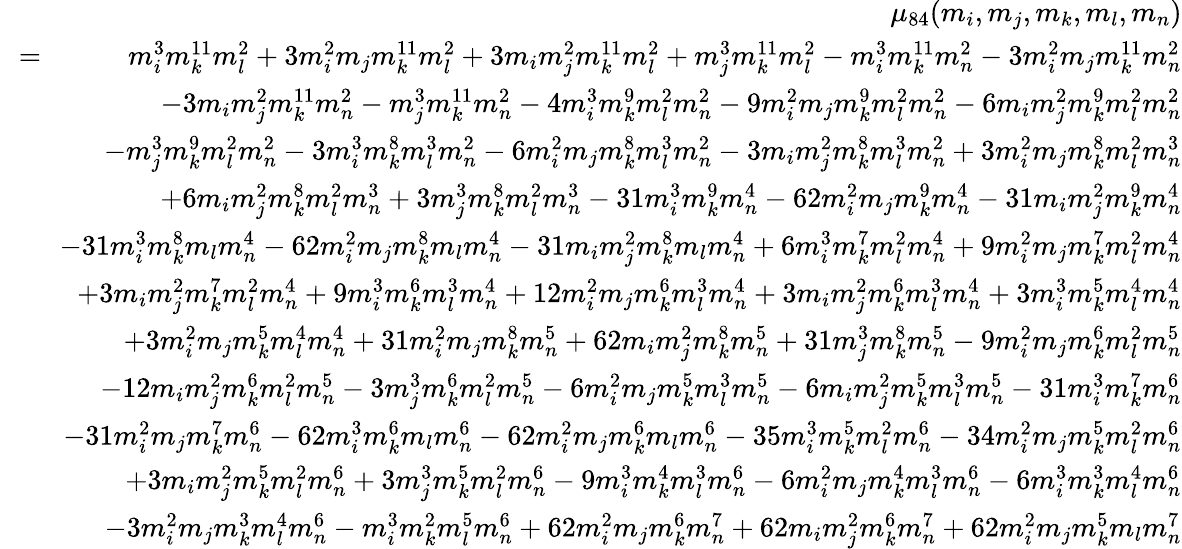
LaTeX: \begin{array}{rlr}&{}&{\mu_{84}(m_{i},m_{j},m_{k},m_{l},m_{n})}\\ &{\! \! =\! \! }&{m_{i}^{3}m_{k}^{11}m_{l}^{2}+3m_{i}^{2}m_{j}m_{k}^{11}m_{l}^{2}+3m_{i}m_{j}^{2}m_{k}^{11}m_{l}^{2}+m_{j}^{3}m_{k}^{11}m_{l}^{2}-m_{i}^{3}m_{k}^{11}m_{n}^{2}-3m_{i}^{2}m_{j}m_{k}^{11}m_{n}^{2}}\\ &{}&{-3m_{i}m_{j}^{2}m_{k}^{11}m_{n}^{2}-m_{j}^{3}m_{k}^{11}m_{n}^{2}-4m_{i}^{3}m_{k}^{9}m_{l}^{2}m_{n}^{2}-9m_{i}^{2}m_{j}m_{k}^{9}m_{l}^{2}m_{n}^{2}-6m_{i}m_{j}^{2}m_{k}^{9}m_{l}^{2}m_{n}^{2}}\\ &{}&{-m_{j}^{3}m_{k}^{9}m_{l}^{2}m_{n}^{2}-3m_{i}^{3}m_{k}^{8}m_{l}^{3}m_{n}^{2}-6m_{i}^{2}m_{j}m_{k}^{8}m_{l}^{3}m_{n}^{2}-3m_{i}m_{j}^{2}m_{k}^{8}m_{l}^{3}m_{n}^{2}+3m_{i}^{2}m_{j}m_{k}^{8}m_{l}^{2}m_{n}^{3}}\\ &{}&{+6m_{i}m_{j}^{2}m_{k}^{8}m_{l}^{2}m_{n}^{3}+3m_{j}^{3}m_{k}^{8}m_{l}^{2}m_{n}^{3}-31m_{i}^{3}m_{k}^{9}m_{n}^{4}-62m_{i}^{2}m_{j}m_{k}^{9}m_{n}^{4}-31m_{i}m_{j}^{2}m_{k}^{9}m_{n}^{4}}\\ &{}&{-31m_{i}^{3}m_{k}^{8}m_{l}m_{n}^{4}-62m_{i}^{2}m_{j}m_{k}^{8}m_{l}m_{n}^{4}-31m_{i}m_{j}^{2}m_{k}^{8}m_{l}m_{n}^{4}+6m_{i}^{3}m_{k}^{7}m_{l}^{2}m_{n}^{4}+9m_{i}^{2}m_{j}m_{k}^{7}m_{l}^{2}m_{n}^{4}}\\ &{}&{+3m_{i}m_{j}^{2}m_{k}^{7}m_{l}^{2}m_{n}^{4}+9m_{i}^{3}m_{k}^{6}m_{l}^{3}m_{n}^{4}+12m_{i}^{2}m_{j}m_{k}^{6}m_{l}^{3}m_{n}^{4}+3m_{i}m_{j}^{2}m_{k}^{6}m_{l}^{3}m_{n}^{4}+3m_{i}^{3}m_{k}^{5}m_{l}^{4}m_{n}^{4}}\\ &{}&{+3m_{i}^{2}m_{j}m_{k}^{5}m_{l}^{4}m_{n}^{4}+31m_{i}^{2}m_{j}m_{k}^{8}m_{n}^{5}+62m_{i}m_{j}^{2}m_{k}^{8}m_{n}^{5}+31m_{j}^{3}m_{k}^{8}m_{n}^{5}-9m_{i}^{2}m_{j}m_{k}^{6}m_{l}^{2}m_{n}^{5}}\\ &{}&{-12m_{i}m_{j}^{2}m_{k}^{6}m_{l}^{2}m_{n}^{5}-3m_{j}^{3}m_{k}^{6}m_{l}^{2}m_{n}^{5}-6m_{i}^{2}m_{j}m_{k}^{5}m_{l}^{3}m_{n}^{5}-6m_{i}m_{j}^{2}m_{k}^{5}m_{l}^{3}m_{n}^{5}-31m_{i}^{3}m_{k}^{7}m_{n}^{6}}\\ &{}&{-31m_{i}^{2}m_{j}m_{k}^{7}m_{n}^{6}-62m_{i}^{3}m_{k}^{6}m_{l}m_{n}^{6}-62m_{i}^{2}m_{j}m_{k}^{6}m_{l}m_{n}^{6}-35m_{i}^{3}m_{k}^{5}m_{l}^{2}m_{n}^{6}-34m_{i}^{2}m_{j}m_{k}^{5}m_{l}^{2}m_{n}^{6}}\\ &{}&{+3m_{i}m_{j}^{2}m_{k}^{5}m_{l}^{2}m_{n}^{6}+3m_{j}^{3}m_{k}^{5}m_{l}^{2}m_{n}^{6}-9m_{i}^{3}m_{k}^{4}m_{l}^{3}m_{n}^{6}-6m_{i}^{2}m_{j}m_{k}^{4}m_{l}^{3}m_{n}^{6}-6m_{i}^{3}m_{k}^{3}m_{l}^{4}m_{n}^{6}}\\ &{}&{-3m_{i}^{2}m_{j}m_{k}^{3}m_{l}^{4}m_{n}^{6}-m_{i}^{3}m_{k}^{2}m_{l}^{5}m_{n}^{6}+62m_{i}^{2}m_{j}m_{k}^{6}m_{n}^{7}+62m_{i}m_{j}^{2}m_{k}^{6}m_{n}^{7}+62m_{i}^{2}m_{j}m_{k}^{5}m_{l}m_{n}^{7}}\end{array}